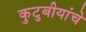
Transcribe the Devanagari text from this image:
कुटुबीयांचे